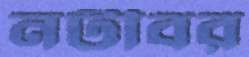
নটীবর